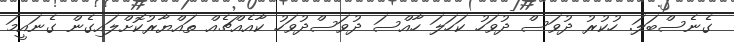
ގެނެސްބަލަ. ހުކުރު ދުވަސް ދުވަހު ކަހަލަ ހާއްސަ ދުވަސްދުވަހު ކާއެއްޗެއް ތައްޔާރުކޮށްލައިގެން ގެނައީމަ